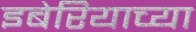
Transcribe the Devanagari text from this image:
इबेरियाच्या